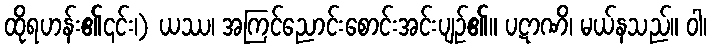
ထိုရဟန်း၏၎င်း၊) ယဿ၊ အကြင်ညောင်းစောင်းအင်းပျဉ်၏။ ပဋာဏိ၊ မယ်နသည်။ ဝါ၊